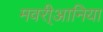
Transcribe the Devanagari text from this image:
मवरी्आनिया